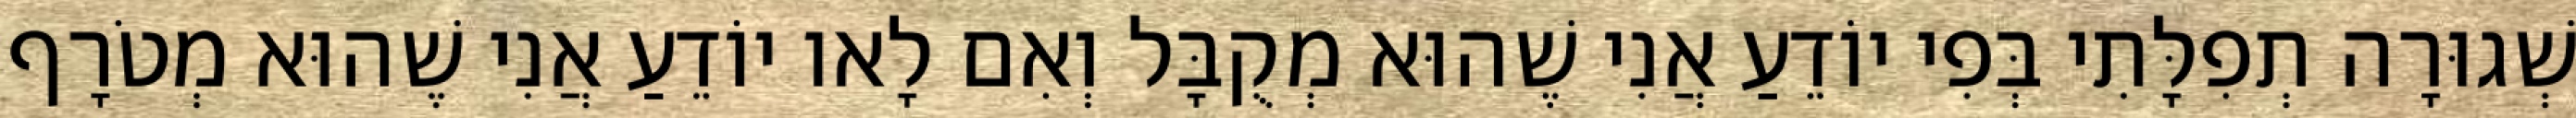
שְׁגוּרָה תְפִלָּתִי בְּפִי יוֹדֵעַ אֲנִי שֶׁהוּא מְקֻבָּל וְאִם לָאו יוֹדֵעַ אֲנִי שֶׁהוּא מְטֹרָף